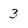
Character: 3